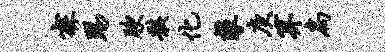
寐踢腴骸化攀庚算扃